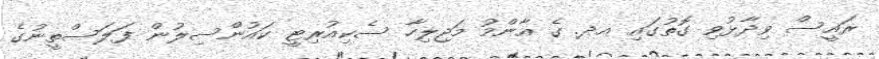
ރައީސް ވިދާޅުވި ގޮތުގައި އދ. ގެ އާންމު މަޖިލިހާ ސެކިއުރިޓީ ކައުންސިލުން ފަލަސްތީނުގެ